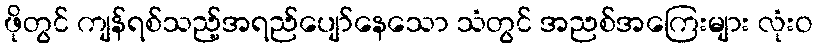
ဖိုတွင် ကျန်ရစ်သည့်အရည်ပျော်နေသော သံတွင် အညစ်အကြေးများ လုံးဝ